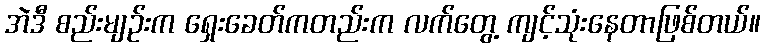
အဲဒီ စည်းမျဉ်းက ရှေးခေတ်ကတည်းက လက်တွေ့ ကျင့်သုံးနေတာဖြစ်တယ်။